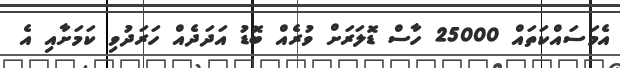
އެމަސައްކަތައް 25000 ހާސް ޑޮލަރަށް ވުރެއް ބޮޑު އަދަދެއް ހަރަދުވި ކަމަށާއި އެ